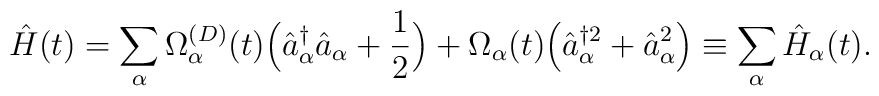
\hat{H} (t) =  \sum_{\alpha} \Omega^{(D)}_{\alpha} (t)\Bigl(\hat{a}^{\dagger}_{\alpha} \hat{a}_{\alpha} + \frac{1}{2}\Bigr) + \Omega_{\alpha} (t) \Bigl(\hat{a}^{\dagger 2}_{\alpha} +\hat{a}^2_{\alpha} \Bigr) \equiv \sum_{\alpha} \hat{H}_{\alpha}(t).